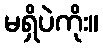
မရှိပဲကိုး။